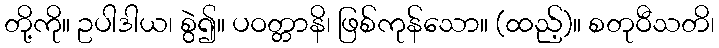
တို့ကို။ ဥပါဒါယ၊ စွဲ၍။ ပဝတ္တာနိ၊ ဖြစ်ကုန်သော။ (ထည့်)။ စတုဝီသတိ၊